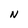
Character: N